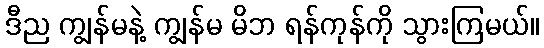
ဒီည ကျွန်မနဲ့ ကျွန်မ မိဘ ရန်ကုန်ကို သွားကြမယ်။